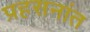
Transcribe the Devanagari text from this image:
प्रहसनांत